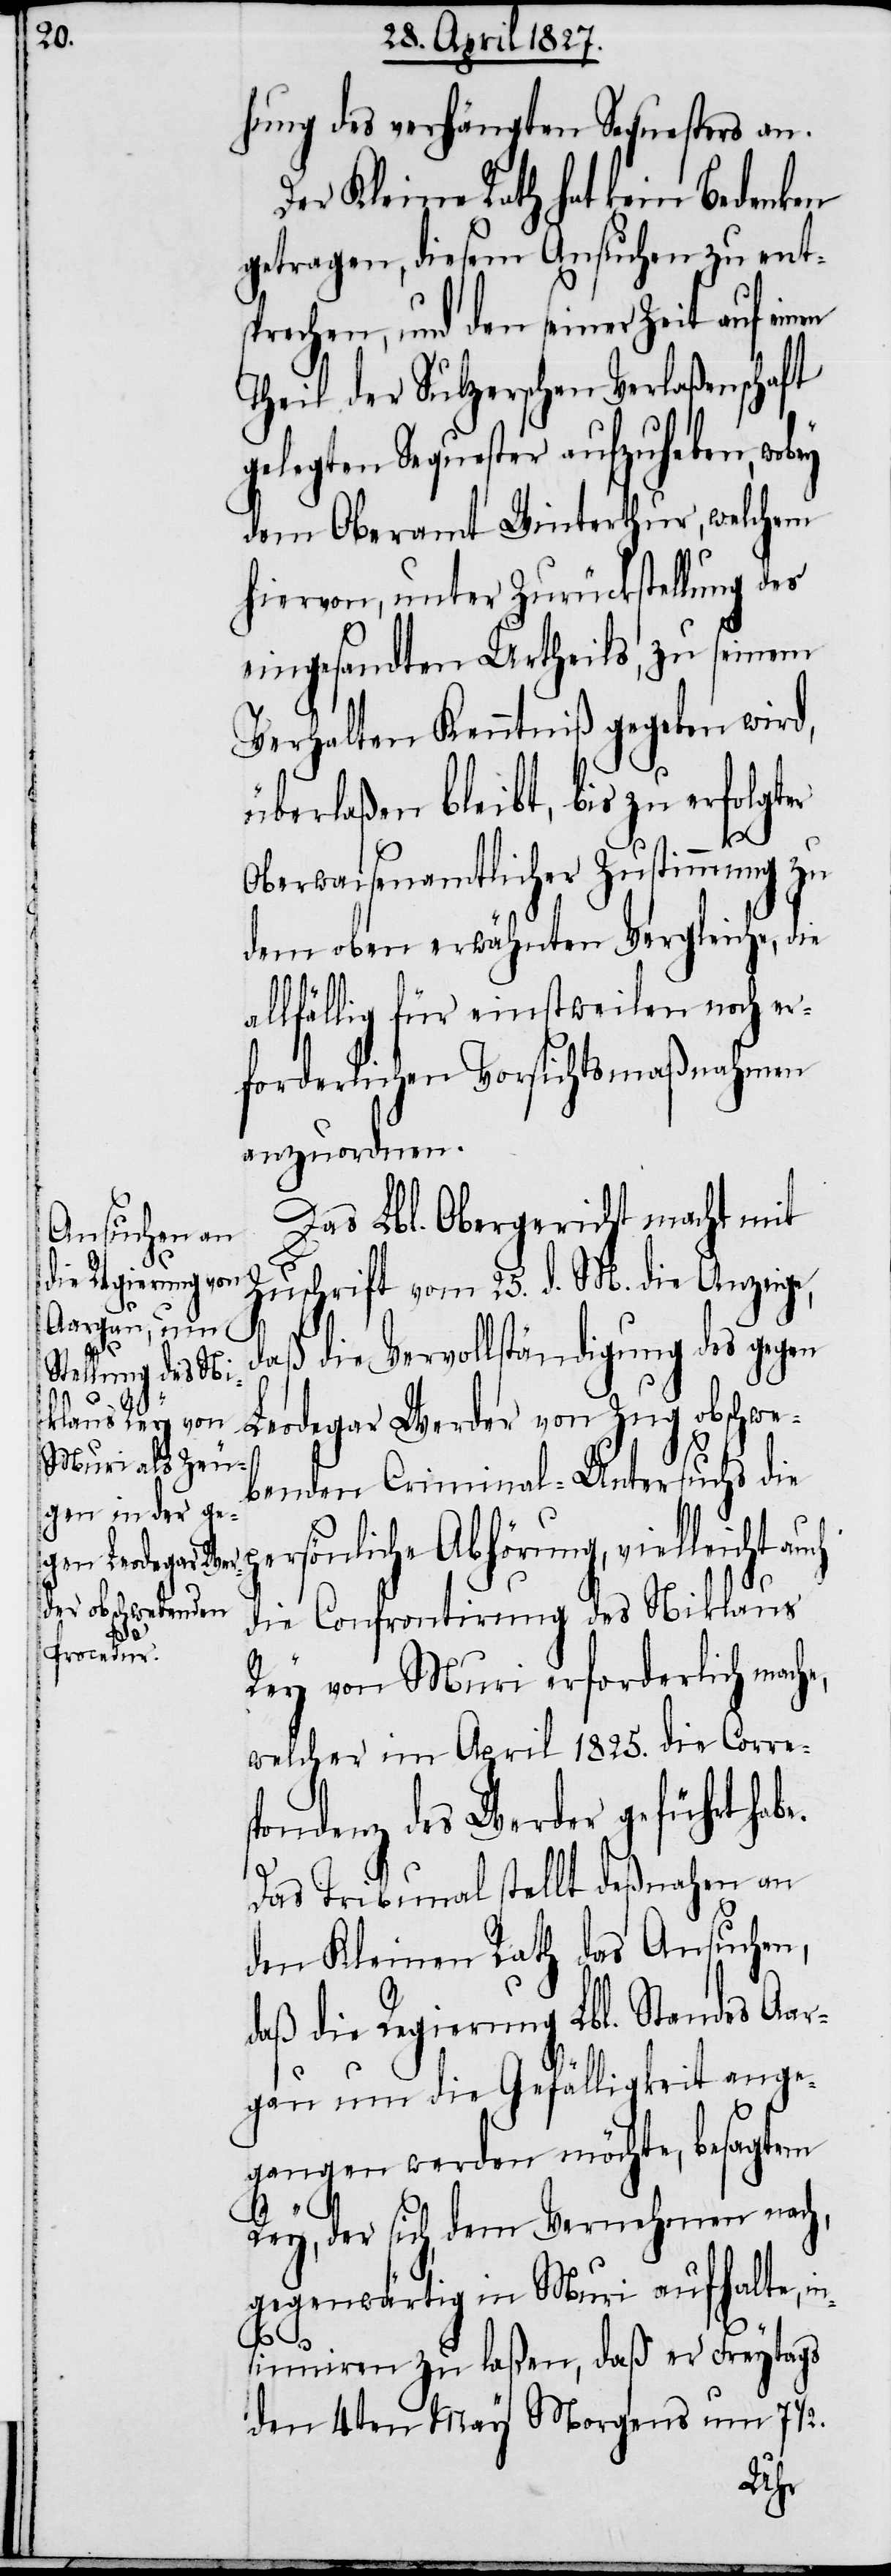
hung des verhängten Sequesters an.
Der Kleine Rath hat kein Bedenken
getragen, diesem Ansuchen zu ent¬
sprechen, und den seiner Zeit auf einen
Theil der Sulzerschen Verlaßenschaft
gelegten Sequester aufzuheben,
dem Oberamt Winterthur, welchem
hiervon, unter Zurückstellung des
eingesandten Urtheils, zu seinem
Verhalten Kenntniß gegeben wird,
überlaßen bleibt, bis zu erfolgter
Oberwaisenamtlicher Zustimmung zu
dem oben erwähnten Vergleiche, die
allfällig für einstweilen noch er¬
forderlichen Vorsichtsmaßnahmen
anzuordnen.
Das Lbl. Obergericht macht mit
Zuschrift vom 25. d. M. die Anzeige,
daß die Vervollständigung des gegen
Leodegar Werder von Zug obschwe¬
benden Criminal-Untersuchs die
persönliche Abhörung, vielleicht auch
die Confrontirung des Niklaus
e.
Rey von Muri erforderlich mache,
welcher im April 1825. die Corre¬
spondenz des Werder geführt hab¬
Das Tribunal stellt deßnahen an
den Kleinen Rath das Ansuchen,
daß die Regierung Lbl. Standes Aar¬
gau um die Gefälligkeit ange¬
gangen werden möchte, besagten
Rey, der sich, dem Vernehmen nach,
gegenwärtig in Muri aufhalte, in¬
sinuiren zu laßen, daß er Freytags
den 4ten May Morgens um 7 ½.